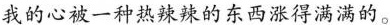
我的心被一种热辣辣的东西涨得满满的。